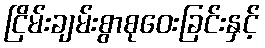
ငြိမ်းချမ်းစွာစုဝေးခြင်းနှင့်